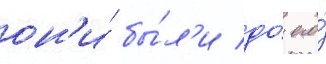
он'и́ бы́л'и до́ его́